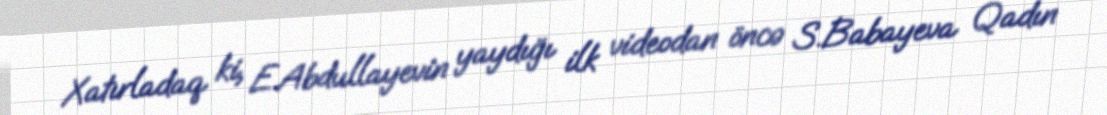
Xatırladaq ki, E.Abdullayevin yaydığı ilk videodan öncə S.Babayeva Qadın